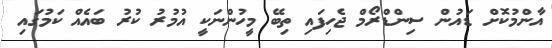
އާންމުކޮށް ޑައުން ސިންޑްރޯމް ޖެހިފައި ތިބޭ މީހުންނަކީ އުމުރު ކުރު ބައެއް ކަމުގައި